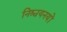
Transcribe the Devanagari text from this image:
निश्चयनयों